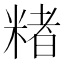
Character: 𬖡